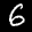
Label: 6